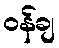
ဝန်ချ